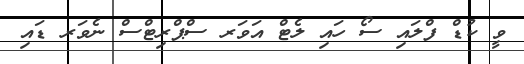
ވީ ކުޑް ފްލައި ސޯ ހައި ލެޓް އަވަރ ސްޕްރިޓްސް ނެވަރ ޑައި